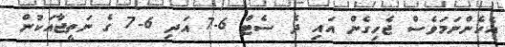
އެހެންނަމަވެސް ޖެހިގެން އައި ދެ ސެޓް 6-7 އަދި 6-7 ގެ ނަތީޖާއަކުން